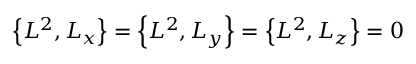
\left\{ L ^ { 2 } , L _ { x } \right\} = \left\{ L ^ { 2 } , L _ { y } \right\} = \left\{ L ^ { 2 } , L _ { z } \right\} = 0